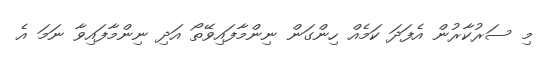
މި ސަރުކާރުން އެފަދަ ކަމެއް ހިންގަން ނިންމާފައިވޭތޯ އަދި ނިންމާފައިވާ ނަމަ އެ